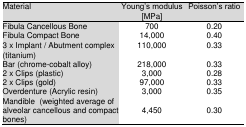
<table><thead><tr><td><b>Material</b></td><td><b>Young’s modulus [MPa]</b></td><td><b>Poisson’s ratio</b></td></tr></thead><tbody><tr><td>Fibula Cancellous Bone</td><td>700</td><td>0.20</td></tr><tr><td>Fibula Compact Bone</td><td>14,000</td><td>0.40</td></tr><tr><td>3 x Implant/Abutment complex (titanium)</td><td>110,000</td><td>0.33</td></tr><tr><td>Bar (chrome-cobalt alloy)</td><td>218,000</td><td>0.33</td></tr><tr><td>2 x Clips (plastic)</td><td>3,000</td><td>0.28</td></tr><tr><td>2 x Clips (gold)</td><td>97,000</td><td>0.33</td></tr><tr><td>Overdenture (Acrylic resin)</td><td>3,000</td><td>0.35</td></tr><tr><td>Mandible (weighted average of alveolar cancellous and compact bones)</td><td>4,450</td><td>0.30</td></tr></tbody></table>